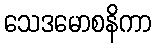
သေဒမောစနိကာ